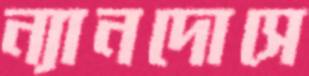
ন্যানদোসে